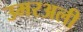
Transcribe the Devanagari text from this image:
उमरअली